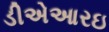
ડીએઆરઇ